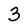
Character: 3